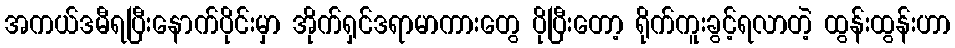
အကယ်ဒမီရပြီးနောက်ပိုင်းမှာ အိုက်ရှင်ဒရာမာကားတွေ ပိုပြီးတော့ ရိုက်ကူးခွင့်ရလာတဲ့ ထွန်းထွန်းဟာ